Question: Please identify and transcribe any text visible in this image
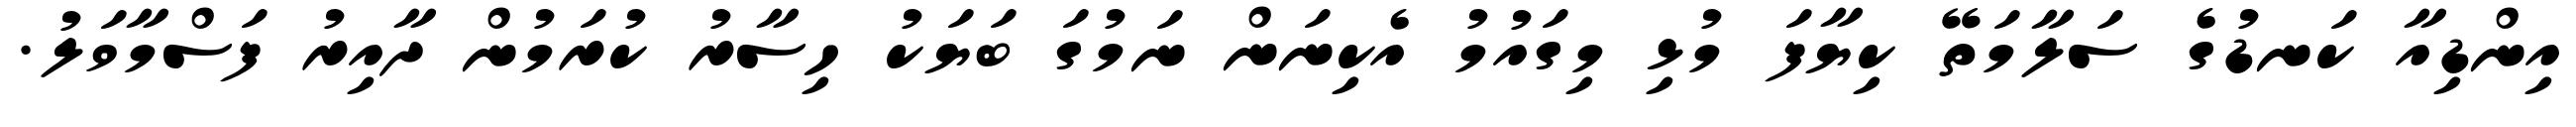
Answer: އިންޑިއާ ކަނޑުގެ ސަލާމަތޭ ކިޔާފަ މުޅި މިގައުމު އެކިނަން ނަމުގަ ބަޔަކު ހިސާރު ކުރަމުން ދާއިރު ފަސްމާވަލު.